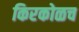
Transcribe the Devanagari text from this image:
किरकोळच